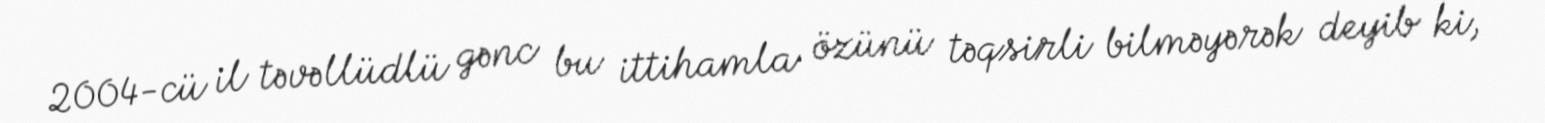
2004-cü il təvəllüdlü gənc bu ittihamla özünü təqsirli bilməyərək deyib ki,